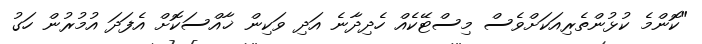
"ކޮންމެ ކުޅުންތެރިއަކަށްވެސް މިސްޓޭކެއް ހެދިދާނެ އަދި ވަކިން ޚާއްސަކޮށް އެފަދަ އުމުރުން ހަގު